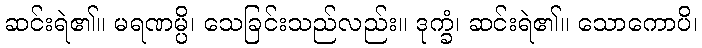
ဆင်းရဲ၏။ မရဏမ္ပိ၊ သေခြင်းသည်လည်း။ ဒုက္ခံ၊ ဆင်းရဲ၏။ သောကောပိ၊